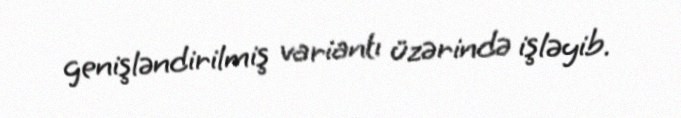
genişləndirilmiş variantı üzərində işləyib.